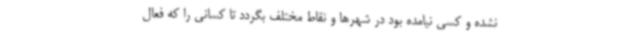
نشده و کسی نیامده بود در شهرها و نقاط مختلف بگردد تا کسانی را که فعال